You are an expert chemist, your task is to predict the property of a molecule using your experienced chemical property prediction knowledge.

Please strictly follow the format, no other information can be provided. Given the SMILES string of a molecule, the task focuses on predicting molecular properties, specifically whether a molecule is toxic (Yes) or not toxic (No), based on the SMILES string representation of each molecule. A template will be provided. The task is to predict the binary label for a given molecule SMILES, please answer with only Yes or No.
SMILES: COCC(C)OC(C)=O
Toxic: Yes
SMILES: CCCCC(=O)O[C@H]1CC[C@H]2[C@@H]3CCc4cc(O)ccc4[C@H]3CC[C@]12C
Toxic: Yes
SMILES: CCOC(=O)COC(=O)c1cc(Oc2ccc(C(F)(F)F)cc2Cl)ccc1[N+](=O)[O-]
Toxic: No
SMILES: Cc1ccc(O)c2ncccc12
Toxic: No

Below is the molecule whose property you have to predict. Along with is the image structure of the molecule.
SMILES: CCCCCCCOC(=O)CCC
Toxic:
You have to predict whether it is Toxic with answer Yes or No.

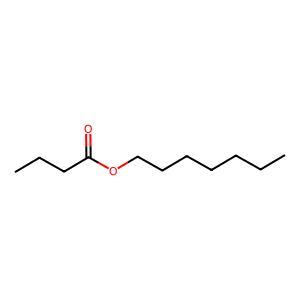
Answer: No